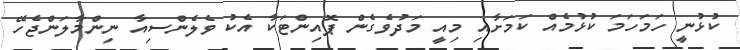
ކުޅުނީ ހަމަހަމަ ކުޅުމެއް ކަމަށާއި މިއީ މަދުވެގެން ޕޮއިންޓަކާ އެކު ވެލެންސިއާ ނިންމާލަންޖެހޭ